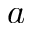
a